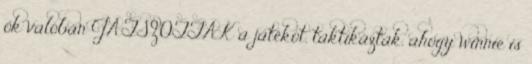
ők valóban JÁTSZOTTÁK a játékot, taktikáztak, ahogy winnie is